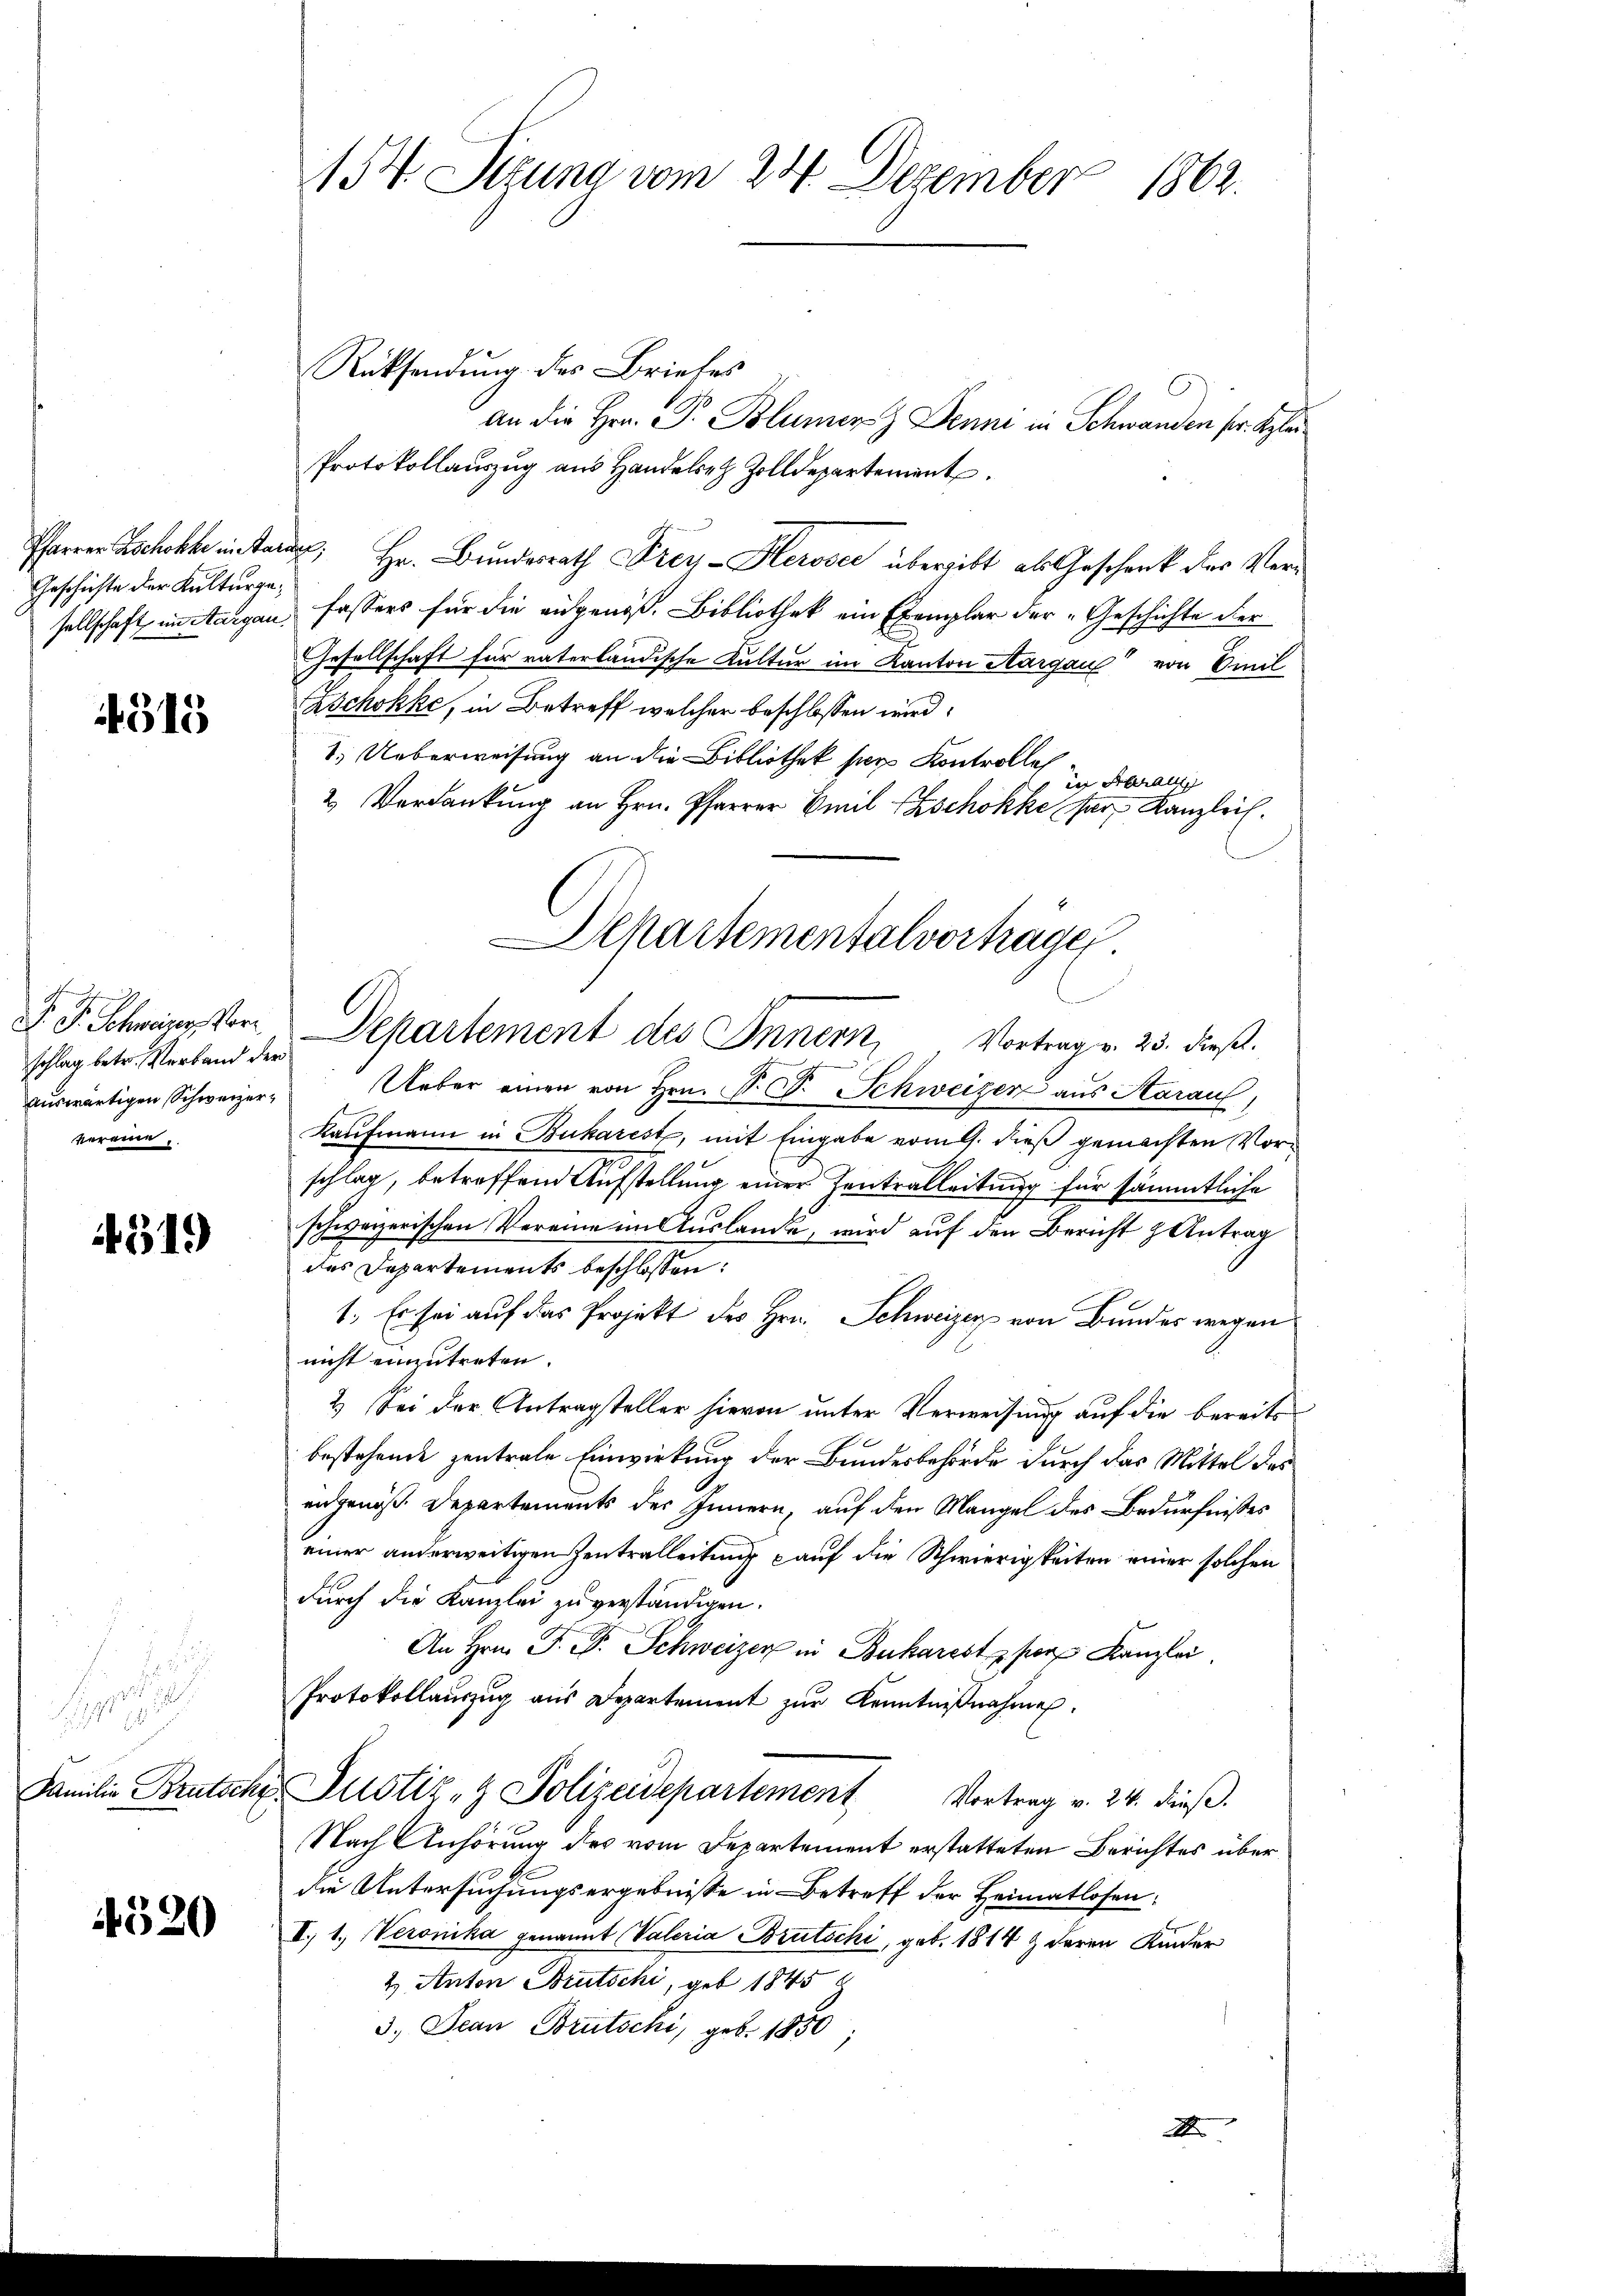
Geschichte der Kulturge¬

4515

schlag betr. Verband der
auswärtigen Schweizervereine

519

i
iht 195

4520

154. Sitzung vom 24. Dezember 1862.

Rücksendung des Briefes
an die Hrn. Dr. Blumer Denni in Schwanden pr. Klei
Protokollauszug aus Handere Zolldepartement
Pfarrer Eschehe inter; Hr. Bundesrath Frey-Heroser übergibt als Geschenk des Versellschaft im Aargau, fassers für die angenoß. Bibliothek ein Exemplar der „Geschichte der
Gesellschaft für vaterländische Kultur im Kanton Aargau von Emil
Zschokke, in Betreff welcher beschlossen wird.
1. Ueberweisung an die Bibliothek per Kontrolle
in Abhalt
2 Verdankung an Hrn. Pfarrer Emil Zschokke par Kanzleih
Ueber einen von Hrn. F. S. Schweizer aus Karauf,
Kaufmann in Bukarest, mit Eingabe vom 9. dieß gemachten Vorschlag, betreffend Aufstellung einer Zentralleitung für sämmtliche
schweizerischen Vereine im Auslande, wird auf den Bericht & Antrag
das Departements beschlossen:
1. Es sei auf das Projekt des Hrn. Schweizer von Bundes wegen
nicht einzutreten.
2.) Sei der Antragsteller hievon unter Verweisung auf die bereitsbestehende zentrale Einwirkung der Bundesbehörde durch das Mittel des
angenoß. Departements des Innern, auf den Mangel des Bedürfnißes
einer anderweitigen Zentralleitung auf die Schwierigkeiten einer solchen
durch die Kanzlei zu verständigen.
An Hrn. J. Dr. Schweizer in Bukarest per Kanzlei
Protokollauszug aus Departement zŭr Kenntnißnahmen.
Familie Brutsche Justiz- & Polizeidepartement
Vortrag v. 24. dieß.
Nach Anhörung des vom Departement erstatteten Berichtes über
die Untersuchungsergebnisse in Betreff der Heimatlosen:
II. 1. Veronika genannt, Vateria Brutschi, geb. 1814 & deren Kinder
2. Anton Brutschi, geb 1845
3.) Jean Brütschi, geb. 1850
A

Departementalvertragen
F. J. Schwing vor, Departement des Innern, Vortrag v. 25. dieß.